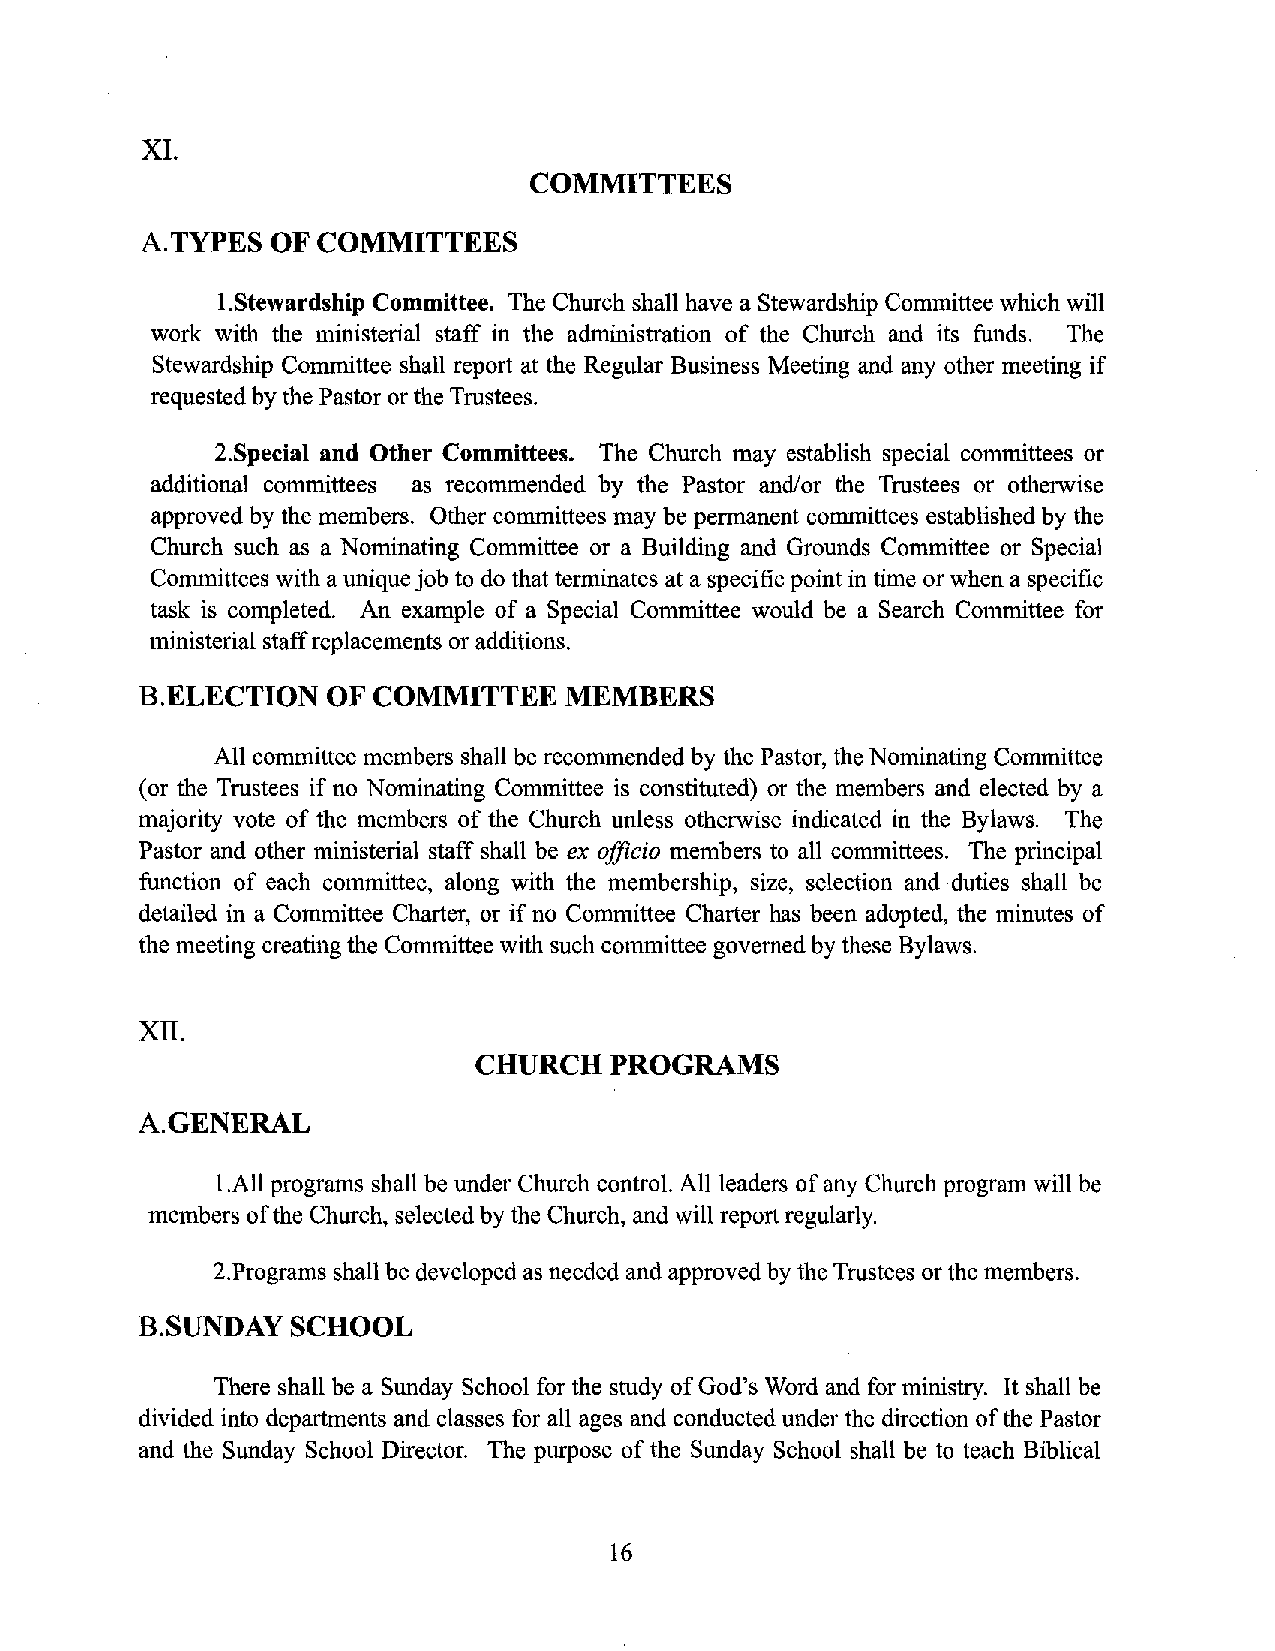
XI.
 COMMITTEES
 A. TYPES OF COMMITTEES
 1.Stewardship Committee. The Church shall have a Stewardship Committee which will
 work with the ministerial staff in the administration of the Church and its funds. The
 Stewardship Committee shall report at the Regular Business Meeting and any other meeting if
 requested by the Pastor or the Trustees.
 2.Special and Other Committees. The Church may establish special committees or
 additional committees as recommended by the Pastor and/or the Trustees or otherwise
 approved by the members. Other committees may be permanent committees established by the
 Church such as a Nominating Committee or a Building and Grounds Committee or Special
 Committees with a unique job to do that terminates at a specific point in time or when a specific
 task is completed. An example of a Special Committee would be a Search Committee for
 ministerial staff replacements or additions.
 B.ELECTION  OF  COMMITTEE   MEMBERS
 All committee members shall be recommended by the Pastor, the Nominating Committee
 ( or the Trustees if no Nominating Committee is constituted) or the members and elected by a
 majority vote of the members of the Church unless otherwise indicated in the Bylaws. The
 Pastor and other ministerial staff shall be ex officio members to all committees. The principal
 function of each committee, along with the membership, size, selection and duties shall be
 detailed in a Committee Charter, or if no Committee Charter has been adopted, the minutes of
 the meeting creating the Committee with such committee governed by these Bylaws.
 XII.
 CHURCH   PROGRAMS
 A.GENERAL
 I .All programs shall be under Church control. All leaders of any Church program will be
 members of the Church, selected by the Church, and will report regularly.
 2.Programs shall be developed as needed and approved by the Trustees or the members.
 B.SUNDAY  SCHOOL
 There shall be a Sunday School for the study of God's Word and for ministry. It shall be
 divided into departments and classes for all ages and conducted under the direction of the Pastor
 and the Sunday School Director. The purpose of the Sunday School shall be to teach Biblical
 16